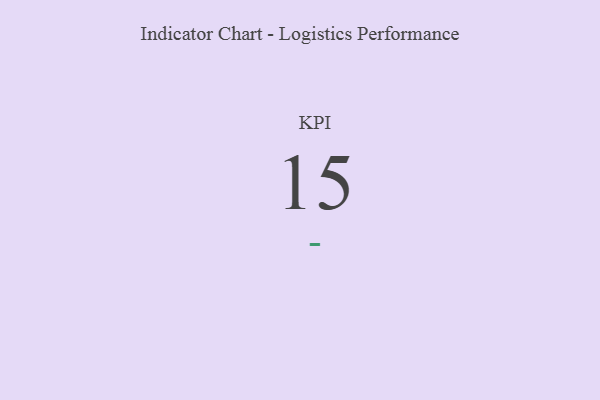
{"axis": {"x": "KPI", "y": "Value"}, "legend": [""], "data": [{"x": "KPI", "y": 15, "type": ""}]}